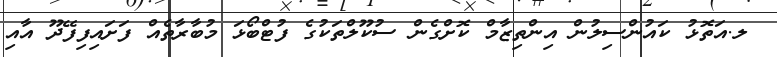
ލ.އަތޮޅު ކައުންސިލުން އިންތިޒާމް ކޮށްގެން ސުކޫލްތަކުގެ ފުޓްބޯޅަ މުބާރާތެއް ފަށައިފިފޭދޫ އާއި